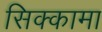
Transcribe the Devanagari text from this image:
सिक्कामा